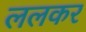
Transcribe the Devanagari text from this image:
ललकर